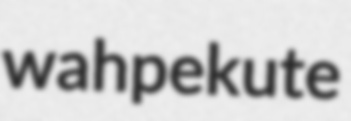
wahpekute